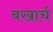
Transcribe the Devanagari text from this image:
बखार्च